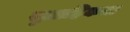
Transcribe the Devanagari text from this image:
सुग्राहिकता